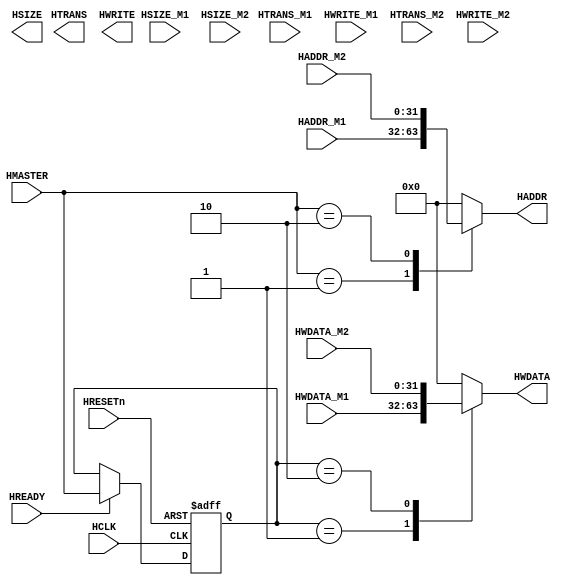
`timescale 1ns/10ps
module MuxM2S (HCLK, HRESETn, HMASTER, HREADY, 
			   HADDR_M1, HTRANS_M1, HWRITE_M1, HSIZE_M1, HWDATA_M1,
			   HADDR_M2, HTRANS_M2, HWRITE_M2, HSIZE_M2, HWDATA_M2,
               HADDR, HTRANS, HWRITE, HSIZE, HWDATA);
 
  input         HCLK;
  input         HRESETn;
  input   [2:0] HMASTER;
  input         HREADY;

  input  [31:0] HADDR_M1;
  input   [1:0] HTRANS_M1;
  input         HWRITE_M1;
  input   [2:0] HSIZE_M1;
  input  [31:0] HWDATA_M1;

  input  [31:0] HADDR_M2;
  input   [1:0] HTRANS_M2;
  input         HWRITE_M2;
  input   [2:0] HSIZE_M2;
  input  [31:0] HWDATA_M2;
  
  output [31:0] HADDR;
  output  [1:0] HTRANS;
  output        HWRITE;
  output  [2:0] HSIZE;
  output [31:0] HWDATA;
 
//------------------------------------------------------------------------------
// Constant declarations
//------------------------------------------------------------------------------
// HMASTER output encoding
  `define MST_0 3'b000
  `define MST_1 3'b001
  `define MST_2 3'b010
 
//------------------------------------------------------------------------------
// Signal declaration
//------------------------------------------------------------------------------
  reg  [2:0] HmasterPrev; // Previous HMASTER value

// Registered output signals
  reg [31:0] HADDR;
  reg  [1:0] HTRANS;
  reg        HWRITE;
  reg  [2:0] HSIZE;
  reg [31:0] HWDATA;

//------------------------------------------------------------------------------
// HMASTER register for write data multiplexer
//------------------------------------------------------------------------------
  always @(posedge HCLK or negedge HRESETn)
  begin
    if (!HRESETn)
      HmasterPrev <=#1 5'h0;
    else if (HREADY)
      HmasterPrev <=#1 HMASTER;
  end
 
//------------------------------------------------------------------------------
// Multiplexers
//------------------------------------------------------------------------------
  always @(HMASTER or HADDR_M1 or HADDR_M2 )
  begin
    case (HMASTER)
      `MST_0 : HADDR = 32'h0000_0000;
      `MST_1 : HADDR = HADDR_M1;
      `MST_2 : HADDR = HADDR_M2;
      default  : HADDR = 32'h0000_0000;
    endcase
  end
  
  always @(HMASTER or HTRANS_M1 or HTRANS_M2 )
  begin
    /*complete this part by yourself*/
  end
  
  always @(HMASTER or HWRITE_M1 or HWRITE_M2 )
  begin
    /*complete this part by yourself*/
  end
  
  always @(HMASTER or HSIZE_M1 or HSIZE_M2 )
  begin
    /*complete this part by yourself*/
  end
  
  always @(HmasterPrev or HWDATA_M1 or HWDATA_M2 )
  begin
    case (HmasterPrev)
      `MST_0 : HWDATA = 32'h0000_0000;
      `MST_1 : HWDATA = HWDATA_M1;
      `MST_2 : HWDATA = HWDATA_M2;
      default  : HWDATA = 32'h0000_0000;
    endcase
  end

endmodule